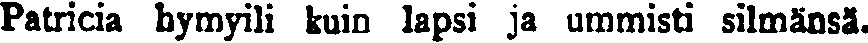
Patricia hymyili kuin lapsi ja ummisti silmänsä.